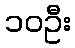
၁၀ဦး